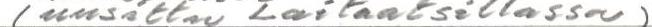
(uusittu Laitaatsillassa)